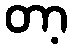
တာ့